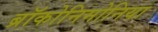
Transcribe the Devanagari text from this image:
ब्रॉकोनिमोनिया